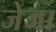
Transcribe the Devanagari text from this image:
जेजा